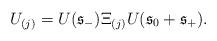
LaTeX: \begin{align*}U_{(j)}=U(\mathfrak{s}_{-})\Xi_{(j)}U(\mathfrak{s}_{0}+\mathfrak{s}_{+}).\end{align*}